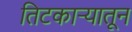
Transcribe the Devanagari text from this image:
तिटकाऱ्यातून